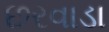
છરવાડા